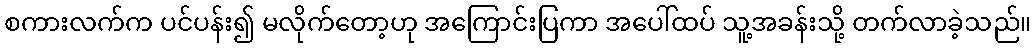
စကားလက်က ပင်ပန်း၍ မလိုက်တော့ဟု အကြောင်းပြကာ အပေါ်ထပ် သူ့အခန်းသို့ တက်လာခဲ့သည်။